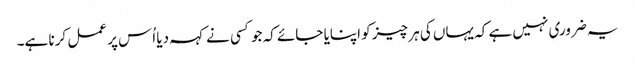
یہ ضروری نہیں ہے کہ یہاں کی ہر چیز کو اپنایا جائے کہ جو کسی نے کہہ دیا اُس پر عمل کرنا ہے۔